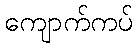
ကျောက်ကပ်